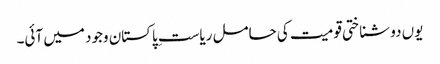
یوں دو شناختی قومیت کی حامل ریاستِ پاکستان وجود میں آئی۔